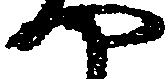
や